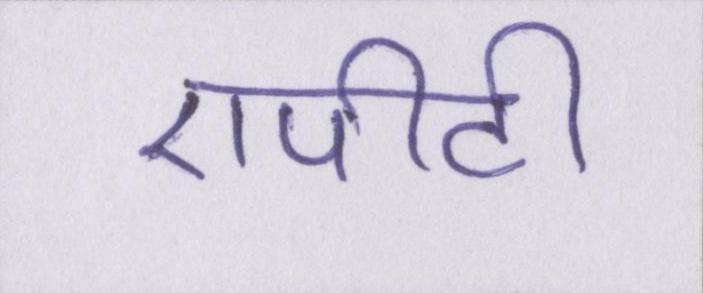
एपीटी